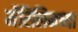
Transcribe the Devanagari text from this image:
मॅरिलिनच्या